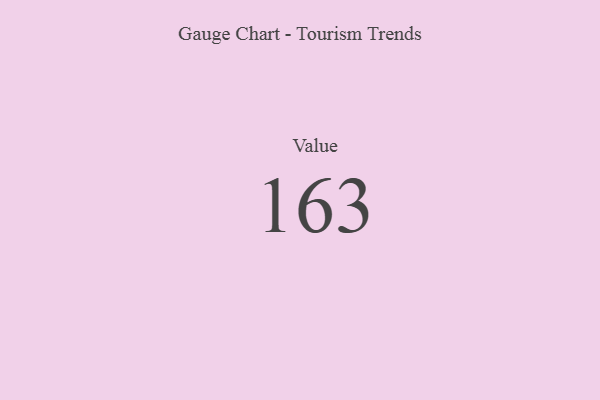
{"axis": {"x": "Metric", "y": "Value"}, "legend": [""], "data": [{"x": "Value", "y": 163, "type": ""}]}